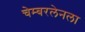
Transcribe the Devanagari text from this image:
चेम्बरलेनला